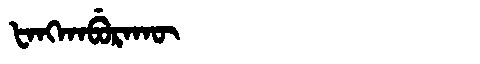
Manchu: ᡶᠠᠩᡴᠠᠪᡠᡵᠠᡴᡡ
Romanization: FANGKABURAKŪ